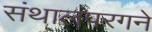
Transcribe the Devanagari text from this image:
संथालपरगने